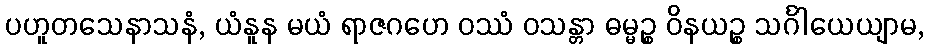
ပဟူတသေနာသနံ, ယံနူန မယံ ရာဇဂဟေ ဝဿံ ဝသန္တာ ဓမ္မဉ္စ ဝိနယဉ္စ သင်္ဂါယေယျာမ,